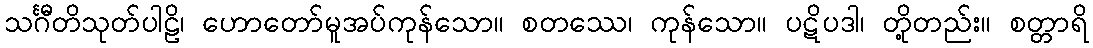
သင်္ဂီတိသုတ်ပါဠိ၊ ဟောတော်မူအပ်ကုန်သော။ စတဿေ၊ ကုန်သော။ ပဋိပဒါ၊ တို့တည်း။ စတ္တာရိ